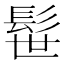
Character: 髰